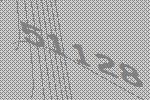
51128